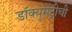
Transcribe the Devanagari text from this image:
डॉक्युमेंट्रीची